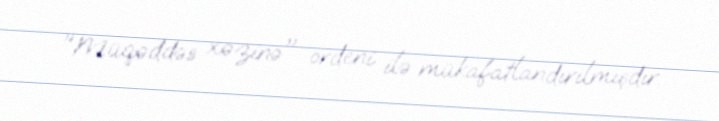
"Müqəddəs xəzinə" ordeni ilə mükafatlandırılmışdır.